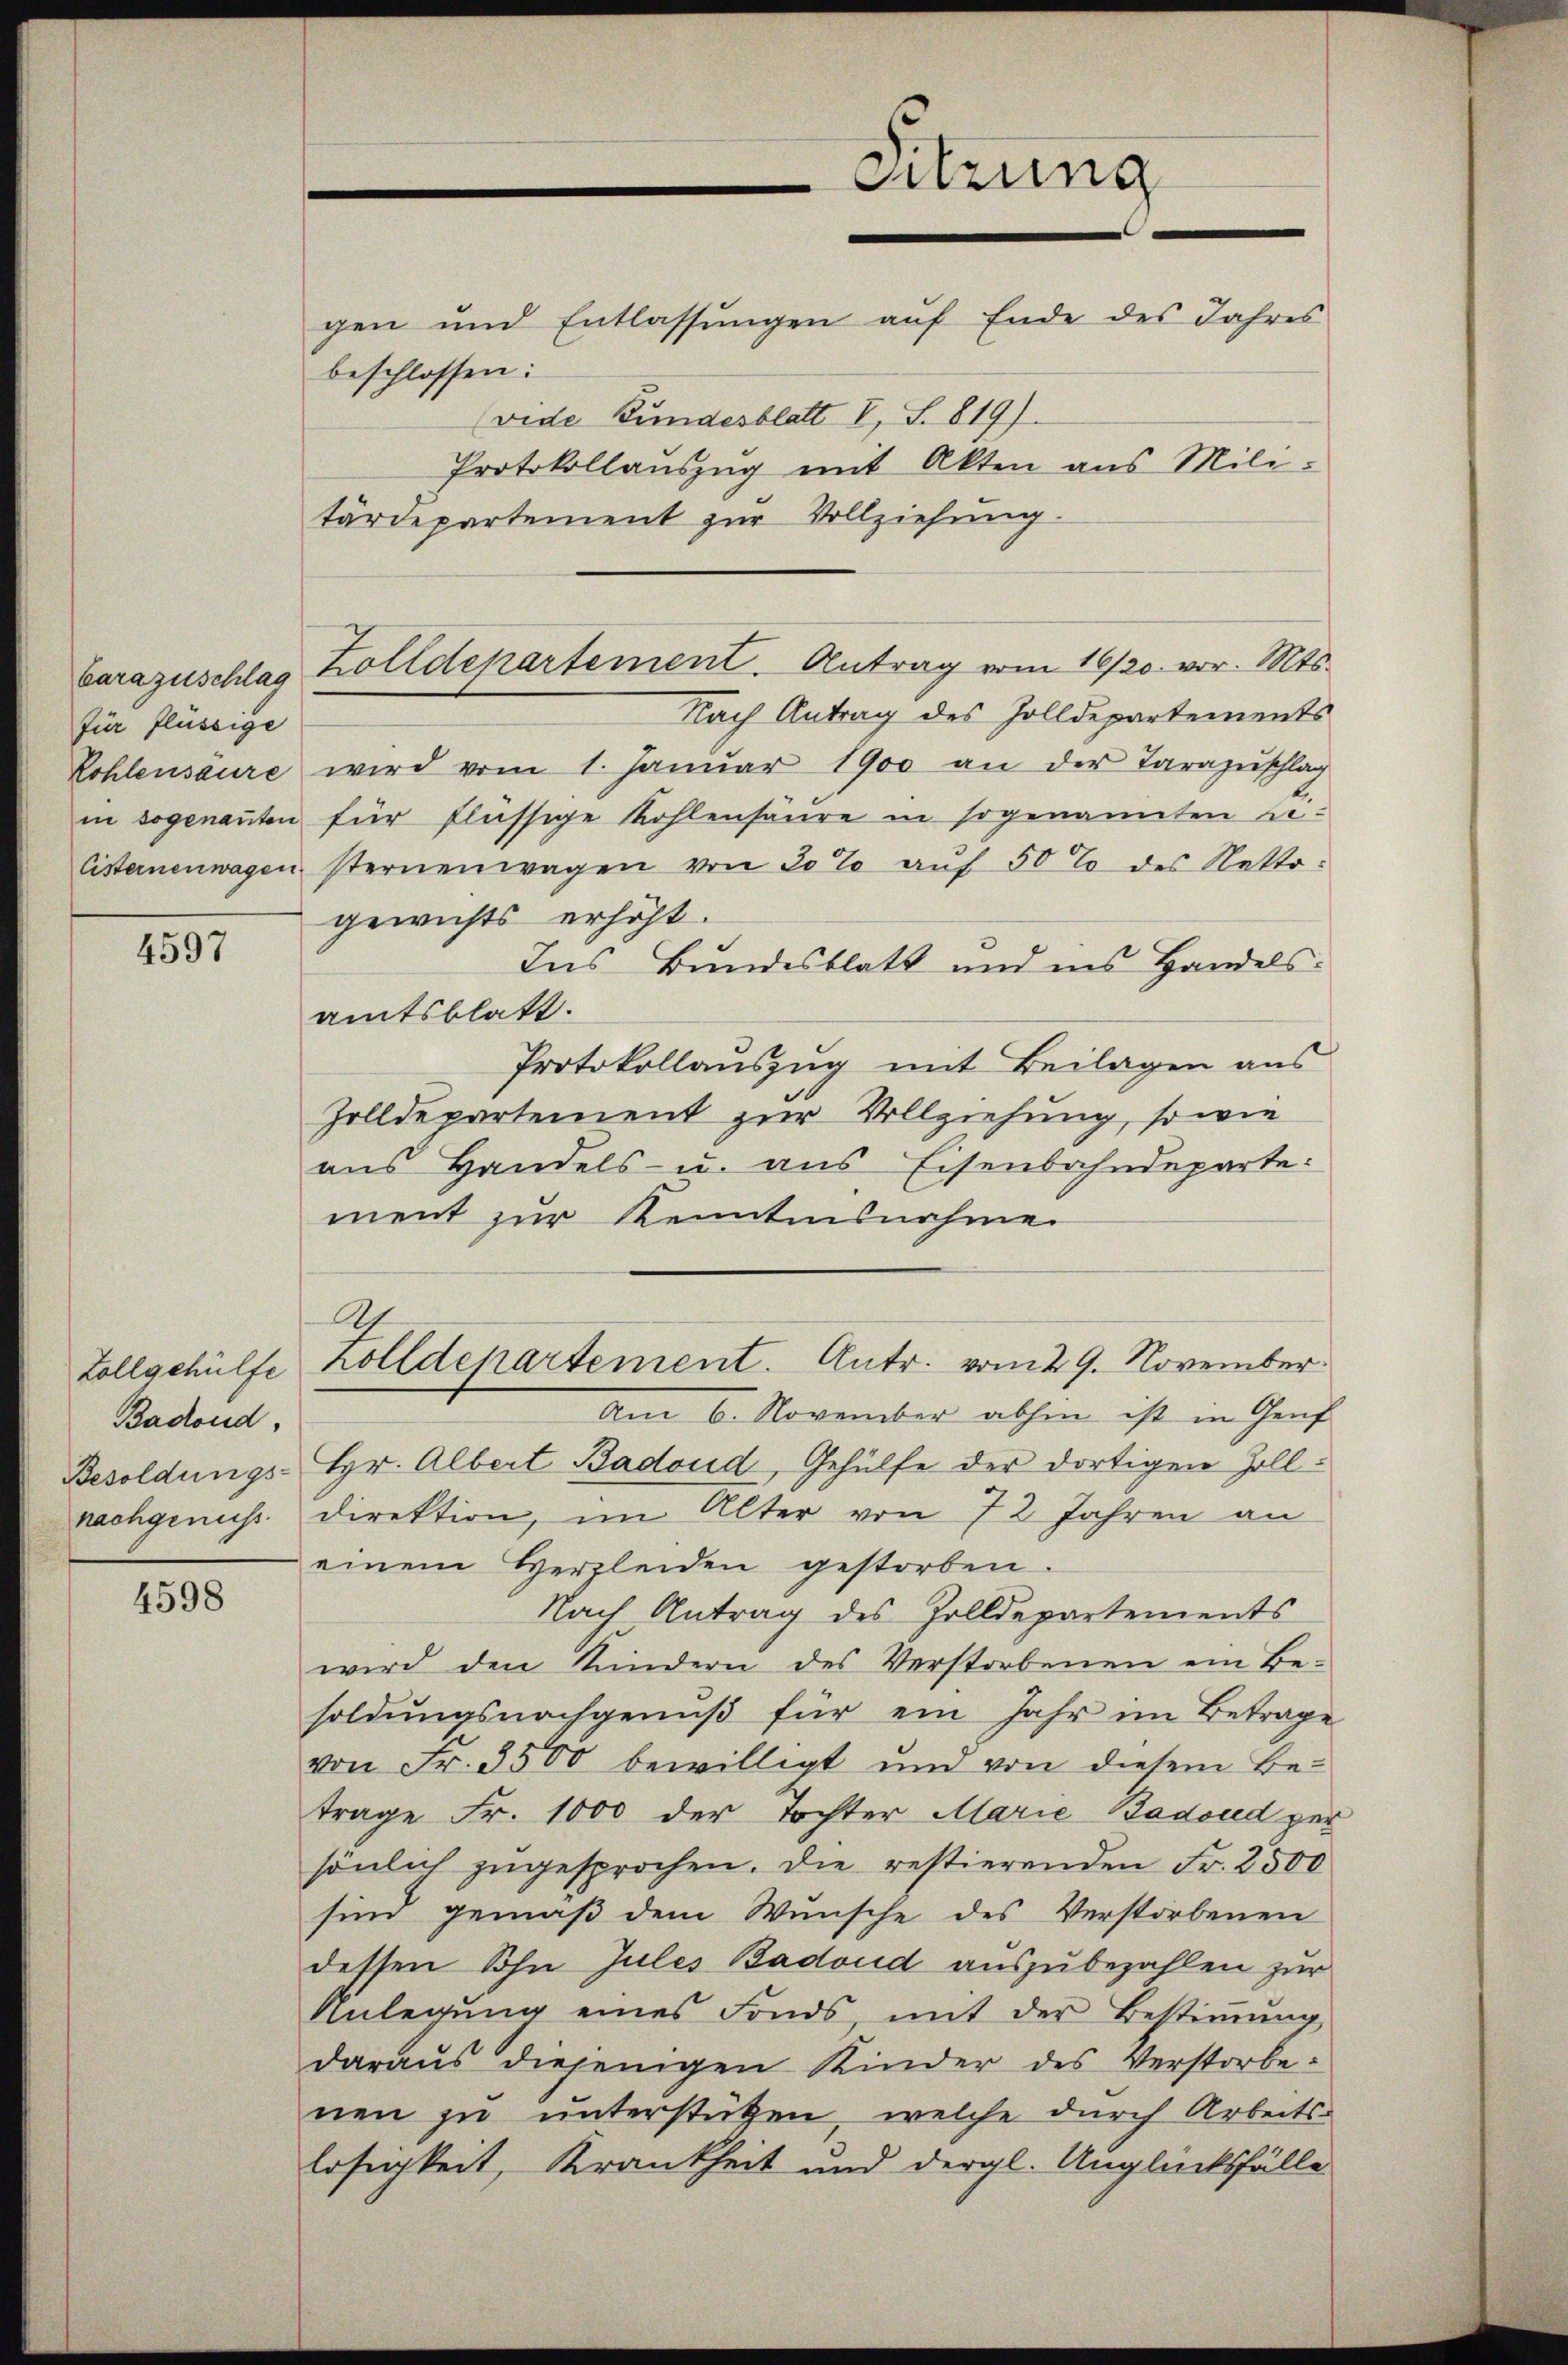
Carazuschlag
für flüssige
Kohlensaure
in sogenanten
Cisternenwagen

4597

Zollgehülfe
Badond,
Besoldungs-
nachgenuss.

4598

gen und Entlassŭngen aŭf Ende des Jahres
beschlossen:
(vide Bundesblatt V, S. 819).
tärdepartement zŭr Vollziehŭng.
Nach Antrag des Zolldepartements
wird vom 1. Januar 1900 an der Tarazuschlag
für flüssige Kohlensäure in sogenannten Besternenwagen von 30% auf 50% des Nettogewichts erhöht.
Ins Bundesblatt und ins Handelsamtsblatt.
Protokollanszŭg mit Beilagen ans
Zolldepartement zur Vollziehung, so wie
aus Handels- u. aus Eisenbahndeparte:
ment zur Kenntnisnahme
Zolldepartement. Antr. vom 29. November
Am 6. November abhin ist in Genf
Hr. Albert Badoud, Gehülfe der dortigen Zolldirektion, im Alter von 72 Jahren an
einem Herzleiden gestorben.
Nach Antrag des Zolldepartements
wird den Kindern des Verstorbenen ein Be-
soldungsnachgenuß für ein Jahr im Betrage
von Fr. 3500 bewilligt und von diesem Be-
trage Fr. 1000 der Tochter Marie Badend per
sönlich zugesprochen. Die restierenden Fr. 2500
sind gemäß dem Wünsche des Verstorbenen
dessen Sohn Jules Badoud auszubezahlen zur
Anlegung eines Fonds, mit der Bestimung
daraus diejenigen Kinder des Verstorbenen zu unterstützen, welche durch Arbeits-
losigkeit, Krankheit und dergl. Unglücksfälle

Zolldepartement. Antrag vom 16/20. vor. Mts.

Sitzung
Protokollauszug mit Akten aus Mili¬